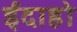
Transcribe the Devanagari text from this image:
ईदाहो